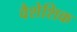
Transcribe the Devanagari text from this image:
वैशेशिक